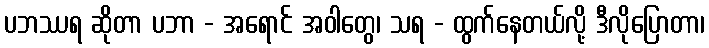
ပဘဿရ ဆိုတာ ပဘာ - အရောင် အဝါတွေ၊ သရ - ထွက်နေတယ်လို့ ဒီလိုပြောတာ၊